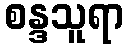
စန္ဒသူရာ